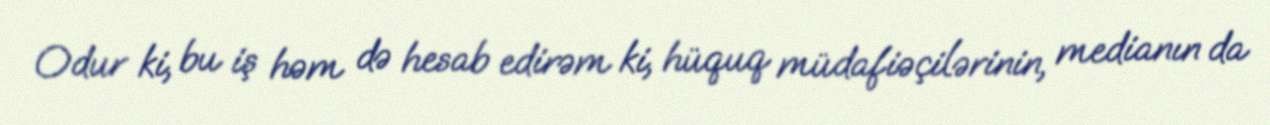
Odur ki, bu iş həm də hesab edirəm ki, hüquq müdafiəçilərinin, medianın da